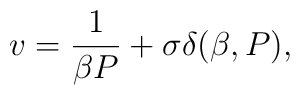
v=\frac {1}{\beta P}+\sigma \delta (\beta ,P),